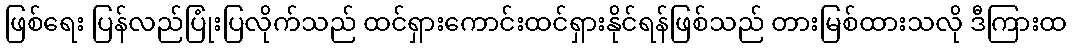
ဖြစ်ရေး ပြန်လည်ပြုံးပြလိုက်သည် ထင်ရှားကောင်းထင်ရှားနိုင်ရန်ဖြစ်သည် တားမြစ်ထားသလို ဒီကြားထ